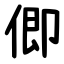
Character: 㑡